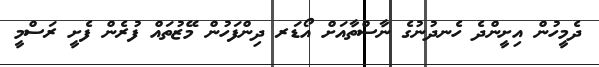
ދެމީހުން އިށީންދެ ހެނދުނުގެ ނާސްތާއަށް އޯޑަރ ދިންފަހުން މޭޒުތައް ފުރެން ފެށީ ރަސްމީ